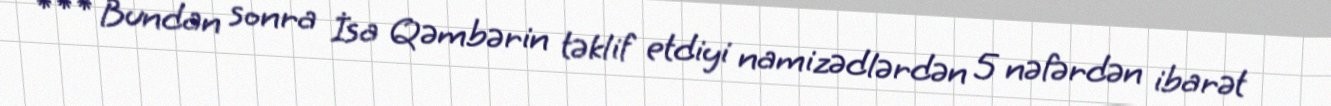
*** Bundan sonra İsa Qəmbərin təklif etdiyi namizədlərdən 5 nəfərdən ibarət